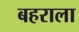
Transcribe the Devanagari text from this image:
बहराला